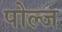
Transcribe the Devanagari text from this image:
पोल्ज